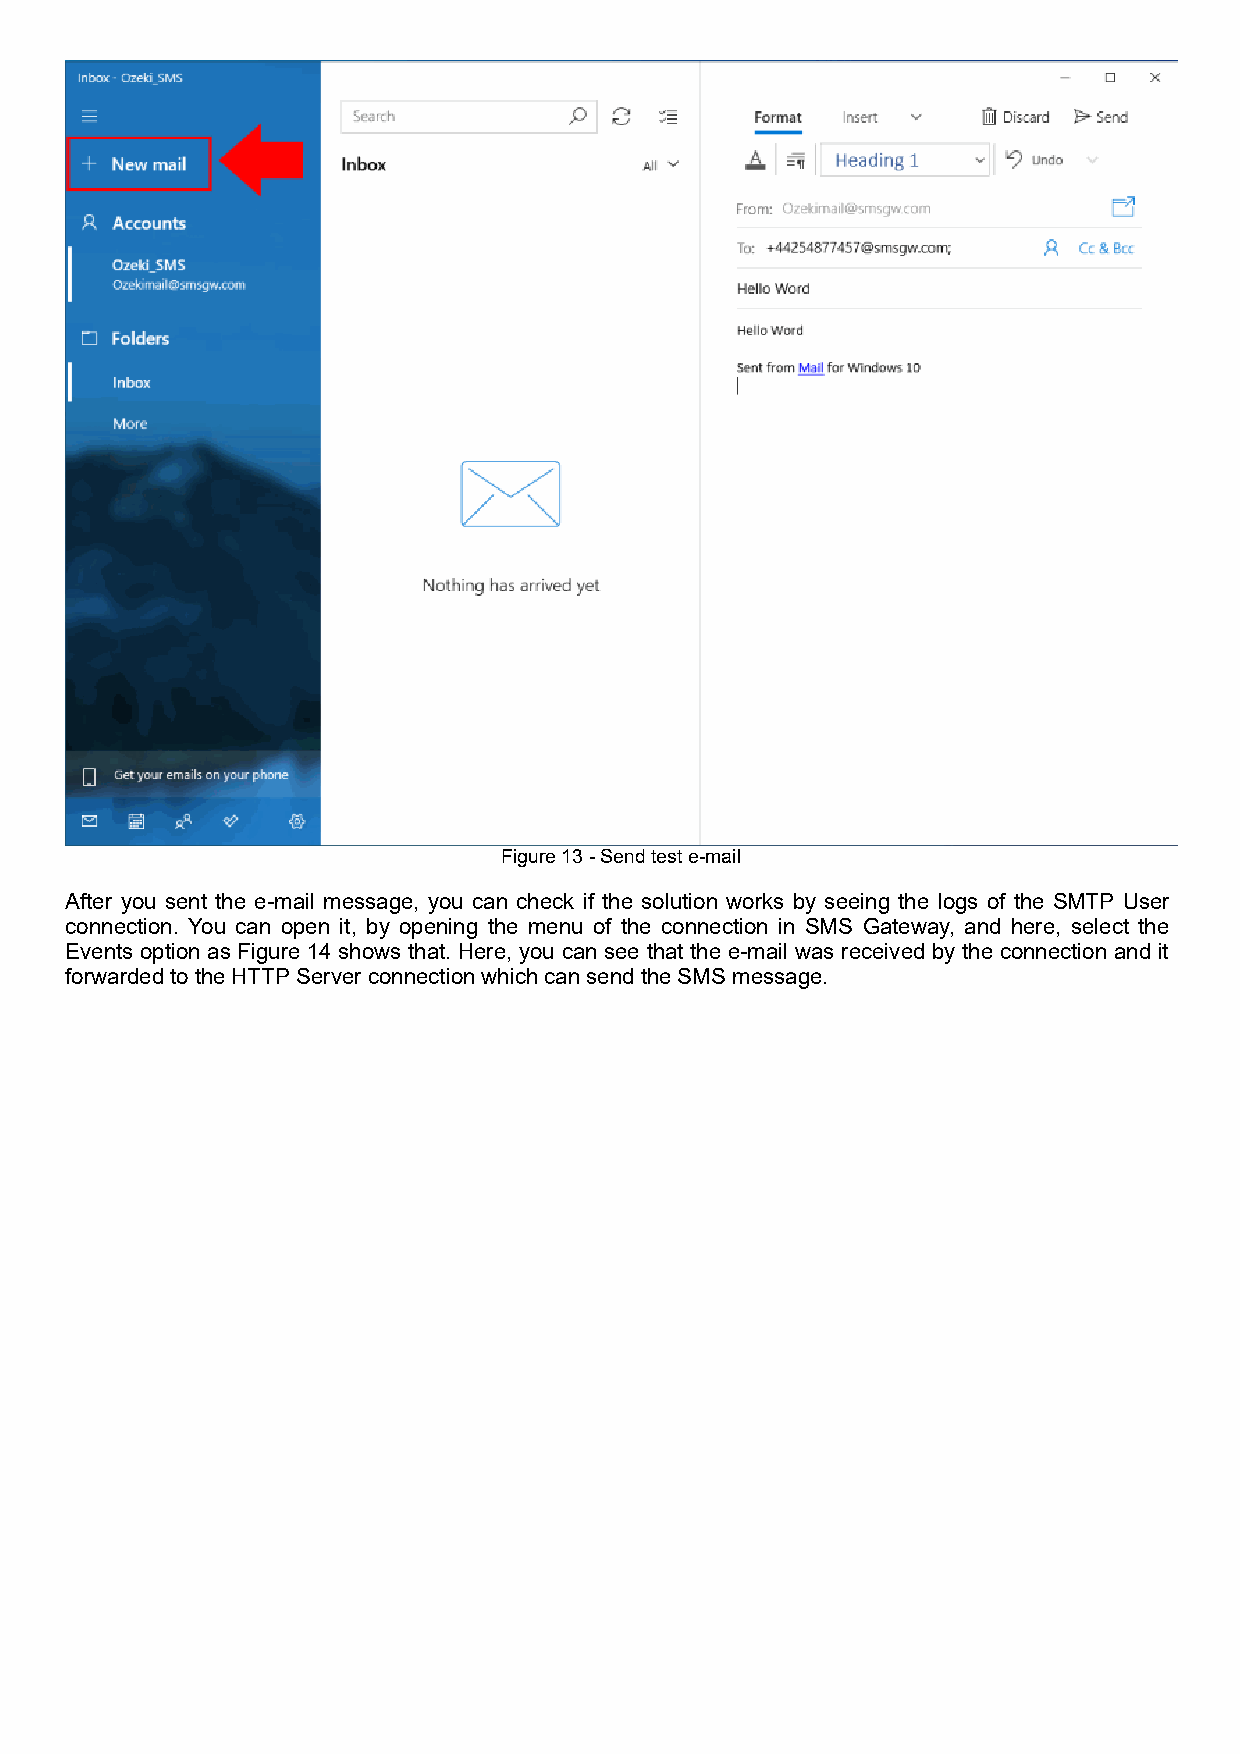
Figure 13 - Send test e-mail
 After you sent the e-mail message, you can check if the solution works by seeing the logs of the SMTP User
 connection. You can open it, by opening the menu of the connection in SMS Gateway, and here, select the
 Events option as Figure 14 shows that. Here, you can see that the e-mail was received by the connection and it
 forwarded to the HTTP Server connection which can send the SMS message.